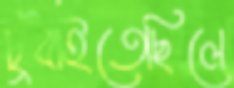
চুবাইতেছিলে